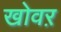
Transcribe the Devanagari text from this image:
खोवऱ